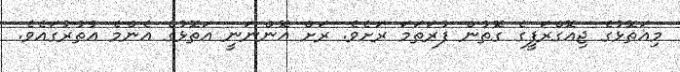
މިއަތޮޅުގެ ޖިއޮގްރަފީގެ ގޮތުން ފުރަތަމަ ރަށެވެ. ރަށް އޮންނަނީ އަތޮޅުގެ އެންމެ އުތުރުގައެވެ.